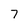
Character: 7